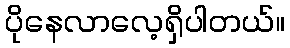
ပိုနေလာလေ့ရှိပါတယ်။